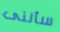
سألنى